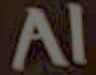
Al